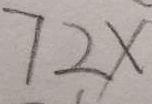
7 2 x